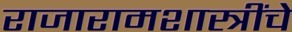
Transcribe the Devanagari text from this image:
राजारामशास्त्रींचे